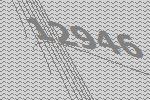
12946